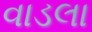
વાડલા